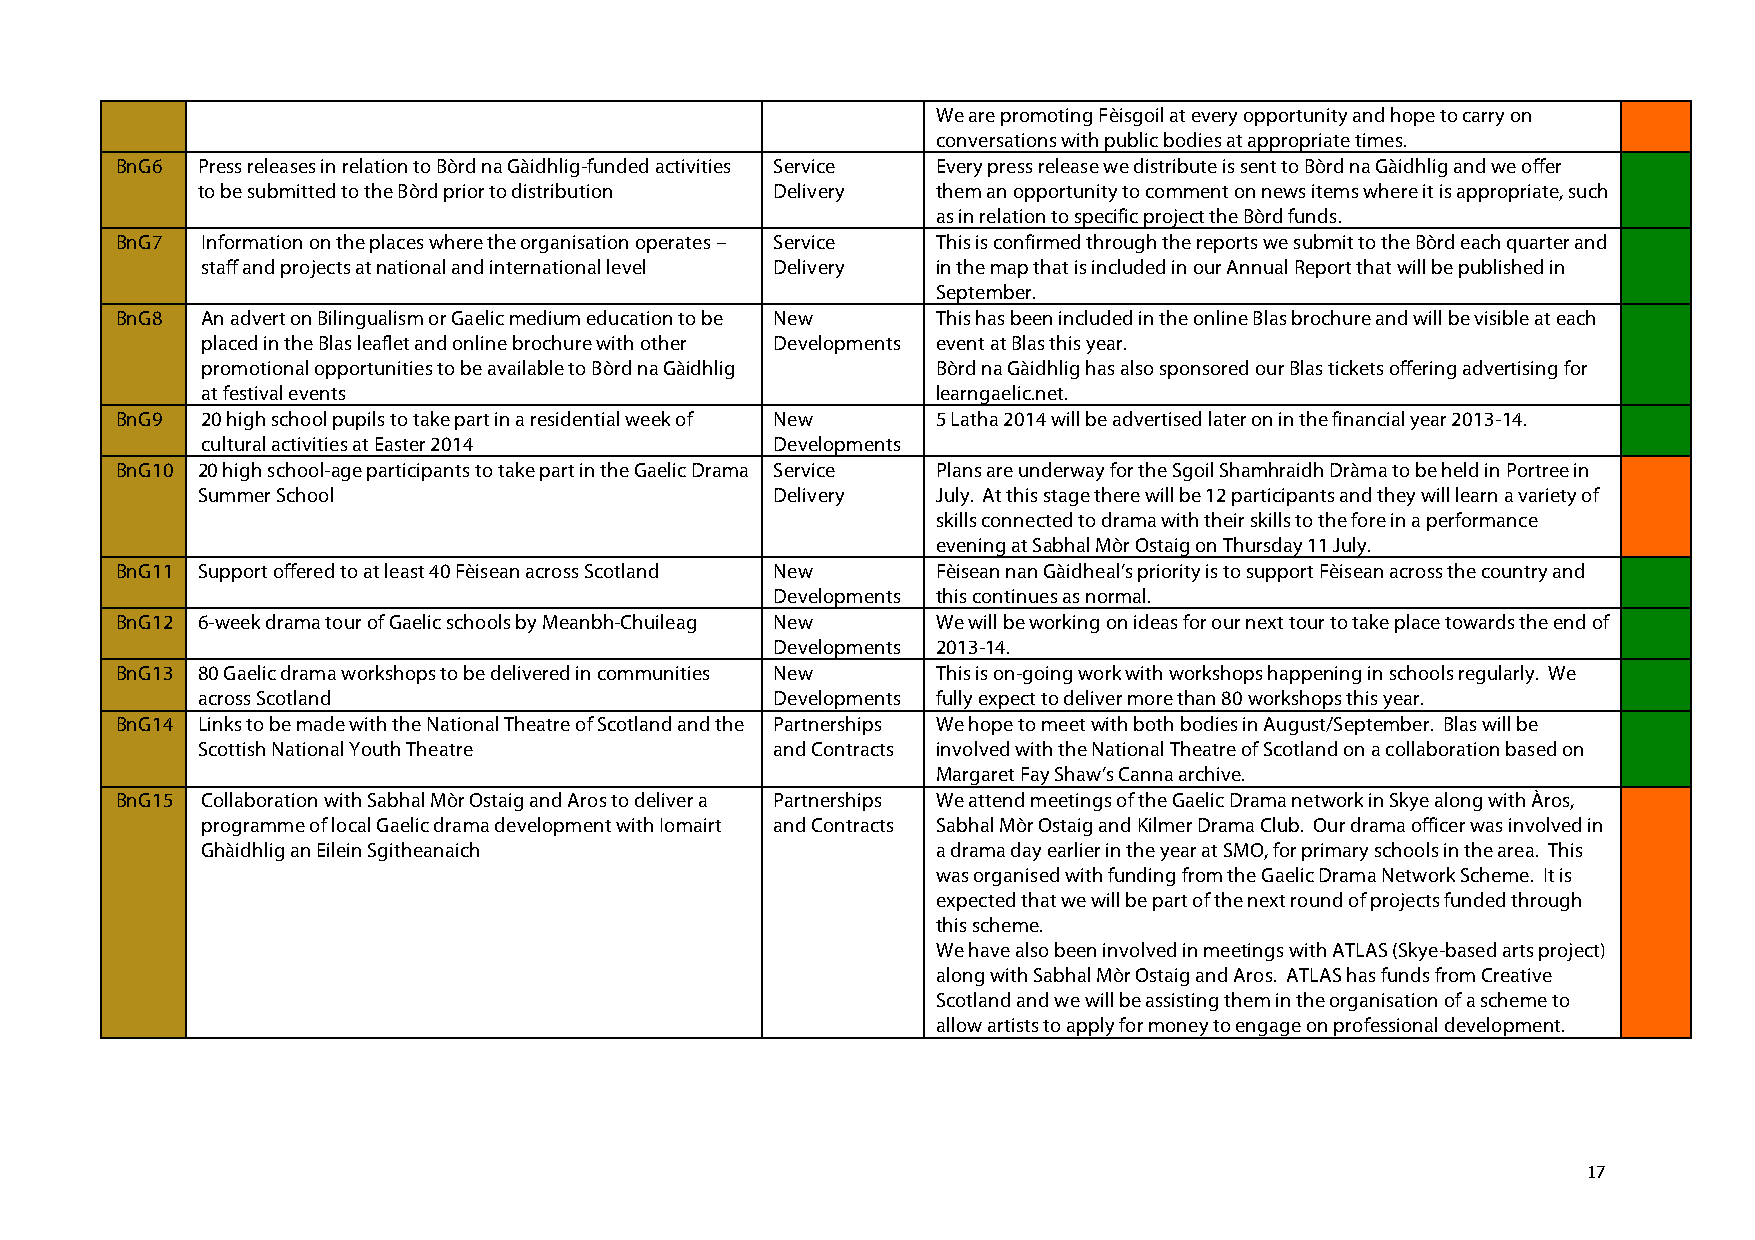
We are promoting Fèisgoil at every opportunity and hope to carry on
 conversations with public bodies at appropriate times.
 BnG6 Press releases in relation to Bòrd na Gàidhlig-funded activities Service Every press release we distribute is sent to Bòrd na Gàidhlig and we offer
 to be submitted to the Bòrd prior to distribution Delivery them an opportunity to comment on news items where it is appropriate, such
 as in relation to specific project the Bòrd funds.
 BnG7 Information on the places where the organisation operates – Service This is confirmed through the reports we submit to the Bòrd each quarter and
 staff and projects at national and international level Delivery in the map that is included in our Annual Report that will be published in
 September.
 BnG8 An advert on Bilingualism or Gaelic medium education to be New This has been included in the online Blas brochure and will be visible at each
 placed in the Blas leaflet and online brochure with other Developments event at Blas this year.
 promotional opportunities to be available to Bòrd na Gàidhlig Bòrd na Gàidhlig has also sponsored our Blas tickets offering advertising for
 at festival events                               learngaelic.net.
 BnG9 20 high school pupils to take part in a residential week of New 5 Latha 2014 will be advertised later on in the financial year 2013-14.
 cultural activities at Easter 2014    Developments
 BnG10 20 high school-age participants to take part in the Gaelic Drama Service Plans are underway for the Sgoil Shamhraidh Dràma to be held in Portree in
 Summer School                         Delivery   July. At this stage there will be 12 participants and they will learn a variety of
 skills connected to drama with their skills to the fore in a performance
 evening at Sabhal Mòr Ostaig on Thursday 11 July.
 BnG11 Support offered to at least 40 Fèisean across Scotland New Fèisean nan Gàidheal’s priority is to support Fèisean across the country and
 Developments this continues as normal.
 BnG12 6-week drama tour of Gaelic schools by Meanbh-Chuileag New We will be working on ideas for our next tour to take place towards the end of
 Developments 2013-14.
 BnG13 80 Gaelic drama workshops to be delivered in communities New This is on-going work with workshops happening in schools regularly. We
 across Scotland                       Developments fully expect to deliver more than 80 workshops this year.
 BnG14 Links to be made with the National Theatre of Scotland and the Partnerships We hope to meet with both bodies in August/September. Blas will be
 Scottish National Youth Theatre       and Contracts involved with the National Theatre of Scotland on a collaboration based on
 Margaret Fay Shaw’s Canna archive.
 BnG15 Collaboration with Sabhal Mòr Ostaig and Aros to deliver a Partnerships We attend meetings of the Gaelic Drama network in Skye along with Àros,
 programme of local Gaelic drama development with Iomairt and Contracts Sabhal Mòr Ostaig and Kilmer Drama Club. Our drama officer was involved in
 Ghàidhlig an Eilein Sgitheanaich                 a drama day earlier in the year at SMO, for primary schools in the area. This
 was organised with funding from the Gaelic Drama Network Scheme. It is
 expected that we will be part of the next round of projects funded through
 this scheme.
 We have also been involved in meetings with ATLAS (Skye-based arts project)
 along with Sabhal Mòr Ostaig and Aros. ATLAS has funds from Creative
 Scotland and we will be assisting them in the organisation of a scheme to
 allow artists to apply for money to engage on professional development.
 17